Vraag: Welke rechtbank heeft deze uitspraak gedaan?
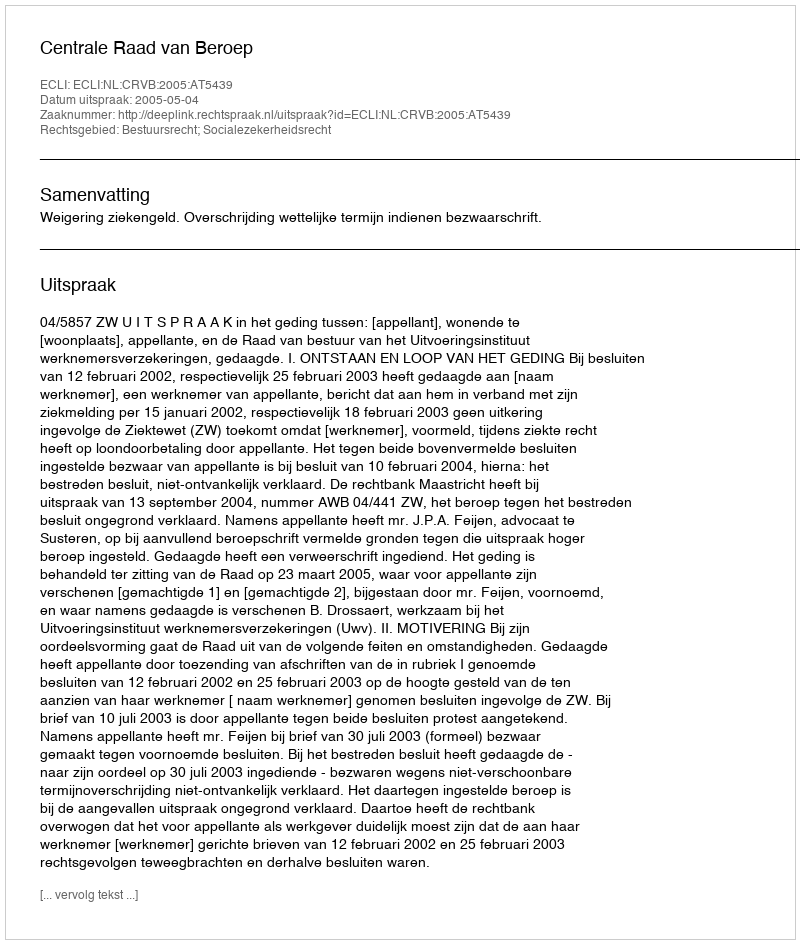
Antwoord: Centrale Raad van Beroep